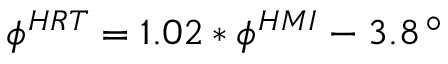
\phi ^ { H R T } = 1 . 0 2 \ast \phi ^ { H M I } - 3 . 8 \, ^ { \circ }